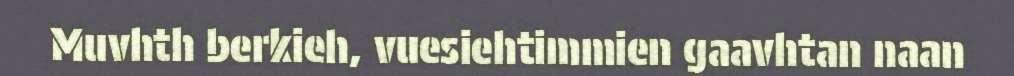
Muvhth berkieh, vuesiehtimmien gaavhtan naan